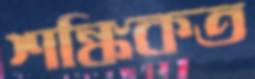
শঙ্কিকত